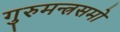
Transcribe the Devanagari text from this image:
गुरुमन्त्रसमो